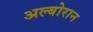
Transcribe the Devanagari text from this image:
अल्बोरान